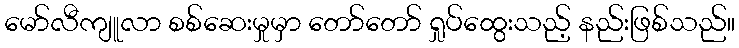
မော်လီကျူလာ စစ်ဆေးမှုမှာ တော်တော် ရှုပ်ထွေးသည့် နည်းဖြစ်သည်။